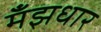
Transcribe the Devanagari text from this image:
मँझधार